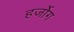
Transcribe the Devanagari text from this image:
हर्जोग